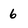
Character: 6